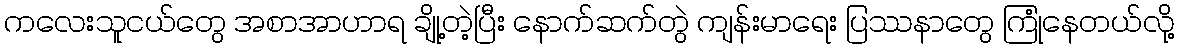
ကလေးသူငယ်တွေ အစာအာဟာရ ချို့တဲ့ပြီး နောက်ဆက်တွဲ ကျန်းမာရေး ပြဿနာတွေ ကြုံနေတယ်လို့